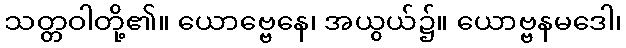
သတ္တဝါတို့၏။ ယောဗ္ဗေနေ၊ အယွယ်၌။ ယောဗ္ဗနမဒေါ၊